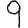
Digit: 9